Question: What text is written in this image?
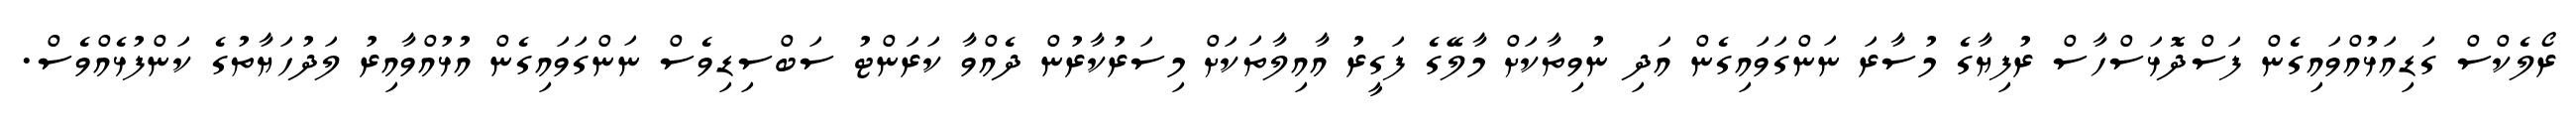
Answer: ރޯލެކްސް ގަޑިއަޅުއްވައިގެން ފަސްދޮޅަސްހާސް ރުފިޔާގެ މުސާރަ ނަންގަވައިގެން އަދި ނުވިތާކަށް މާލޭގެ ފަގީރު އާއިލާތަކަށް މިސަރުކާރުން ދެއްވާ ކަރަންޓު ސަބްސިޑިވެސް ނަންގަވައިގެން އުޅުއްވާއިރު ލަދުހަޔާތުގެ ކަންފުޅެއްވެސް.